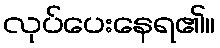
လုပ်ပေးနေရ၏။